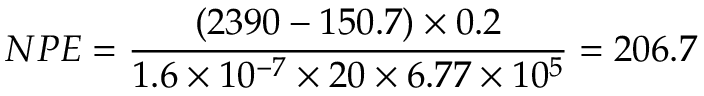
N P E = \frac { ( 2 3 9 0 - 1 5 0 . 7 ) \times 0 . 2 } { 1 . 6 \times 1 0 ^ { - 7 } \times 2 0 \times 6 . 7 7 \times 1 0 ^ { 5 } } = 2 0 6 . 7